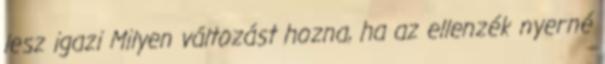
lesz igazi Milyen változást hozna, ha az ellenzék nyerné